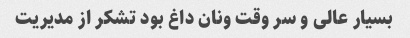
بسیار عالی و سر وقت ونان داغ بود تشکر از مدیریت